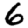
Digit: 6